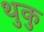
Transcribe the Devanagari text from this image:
थुकु